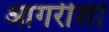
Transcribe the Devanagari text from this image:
आगरीशीं